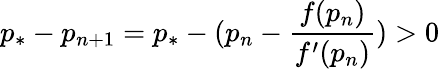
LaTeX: p_{*}-p_{n+1}=p_{*}-(p_{n}-\frac{f(p_{n})}{f^{\prime}(p_{n})})>0